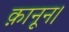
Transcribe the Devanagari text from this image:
क़ानून।